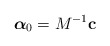
\begin{align*}\hbox{\boldmath$\alpha$} _{0}=M^{-1}{\bf c}\end{align*}